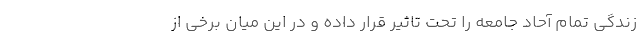
زندگی تمام آحاد جامعه را تحت تاثیر قرار داده و در این میان برخی از